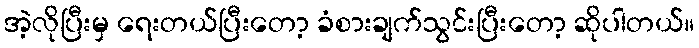
အဲ့လိုပြီးမှ ရေးတယ်ပြီးတော့ ခံစားချက်သွင်းပြီးတော့ ဆိုပါတယ်။